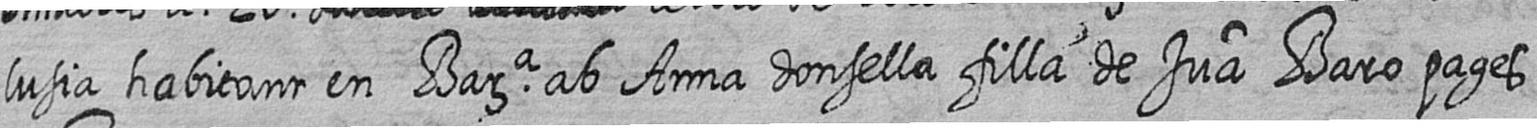
lusia habitant en Bara ab Anna donsella filla de Jua Baro pages